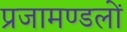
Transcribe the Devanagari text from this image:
प्रजामण्डलों